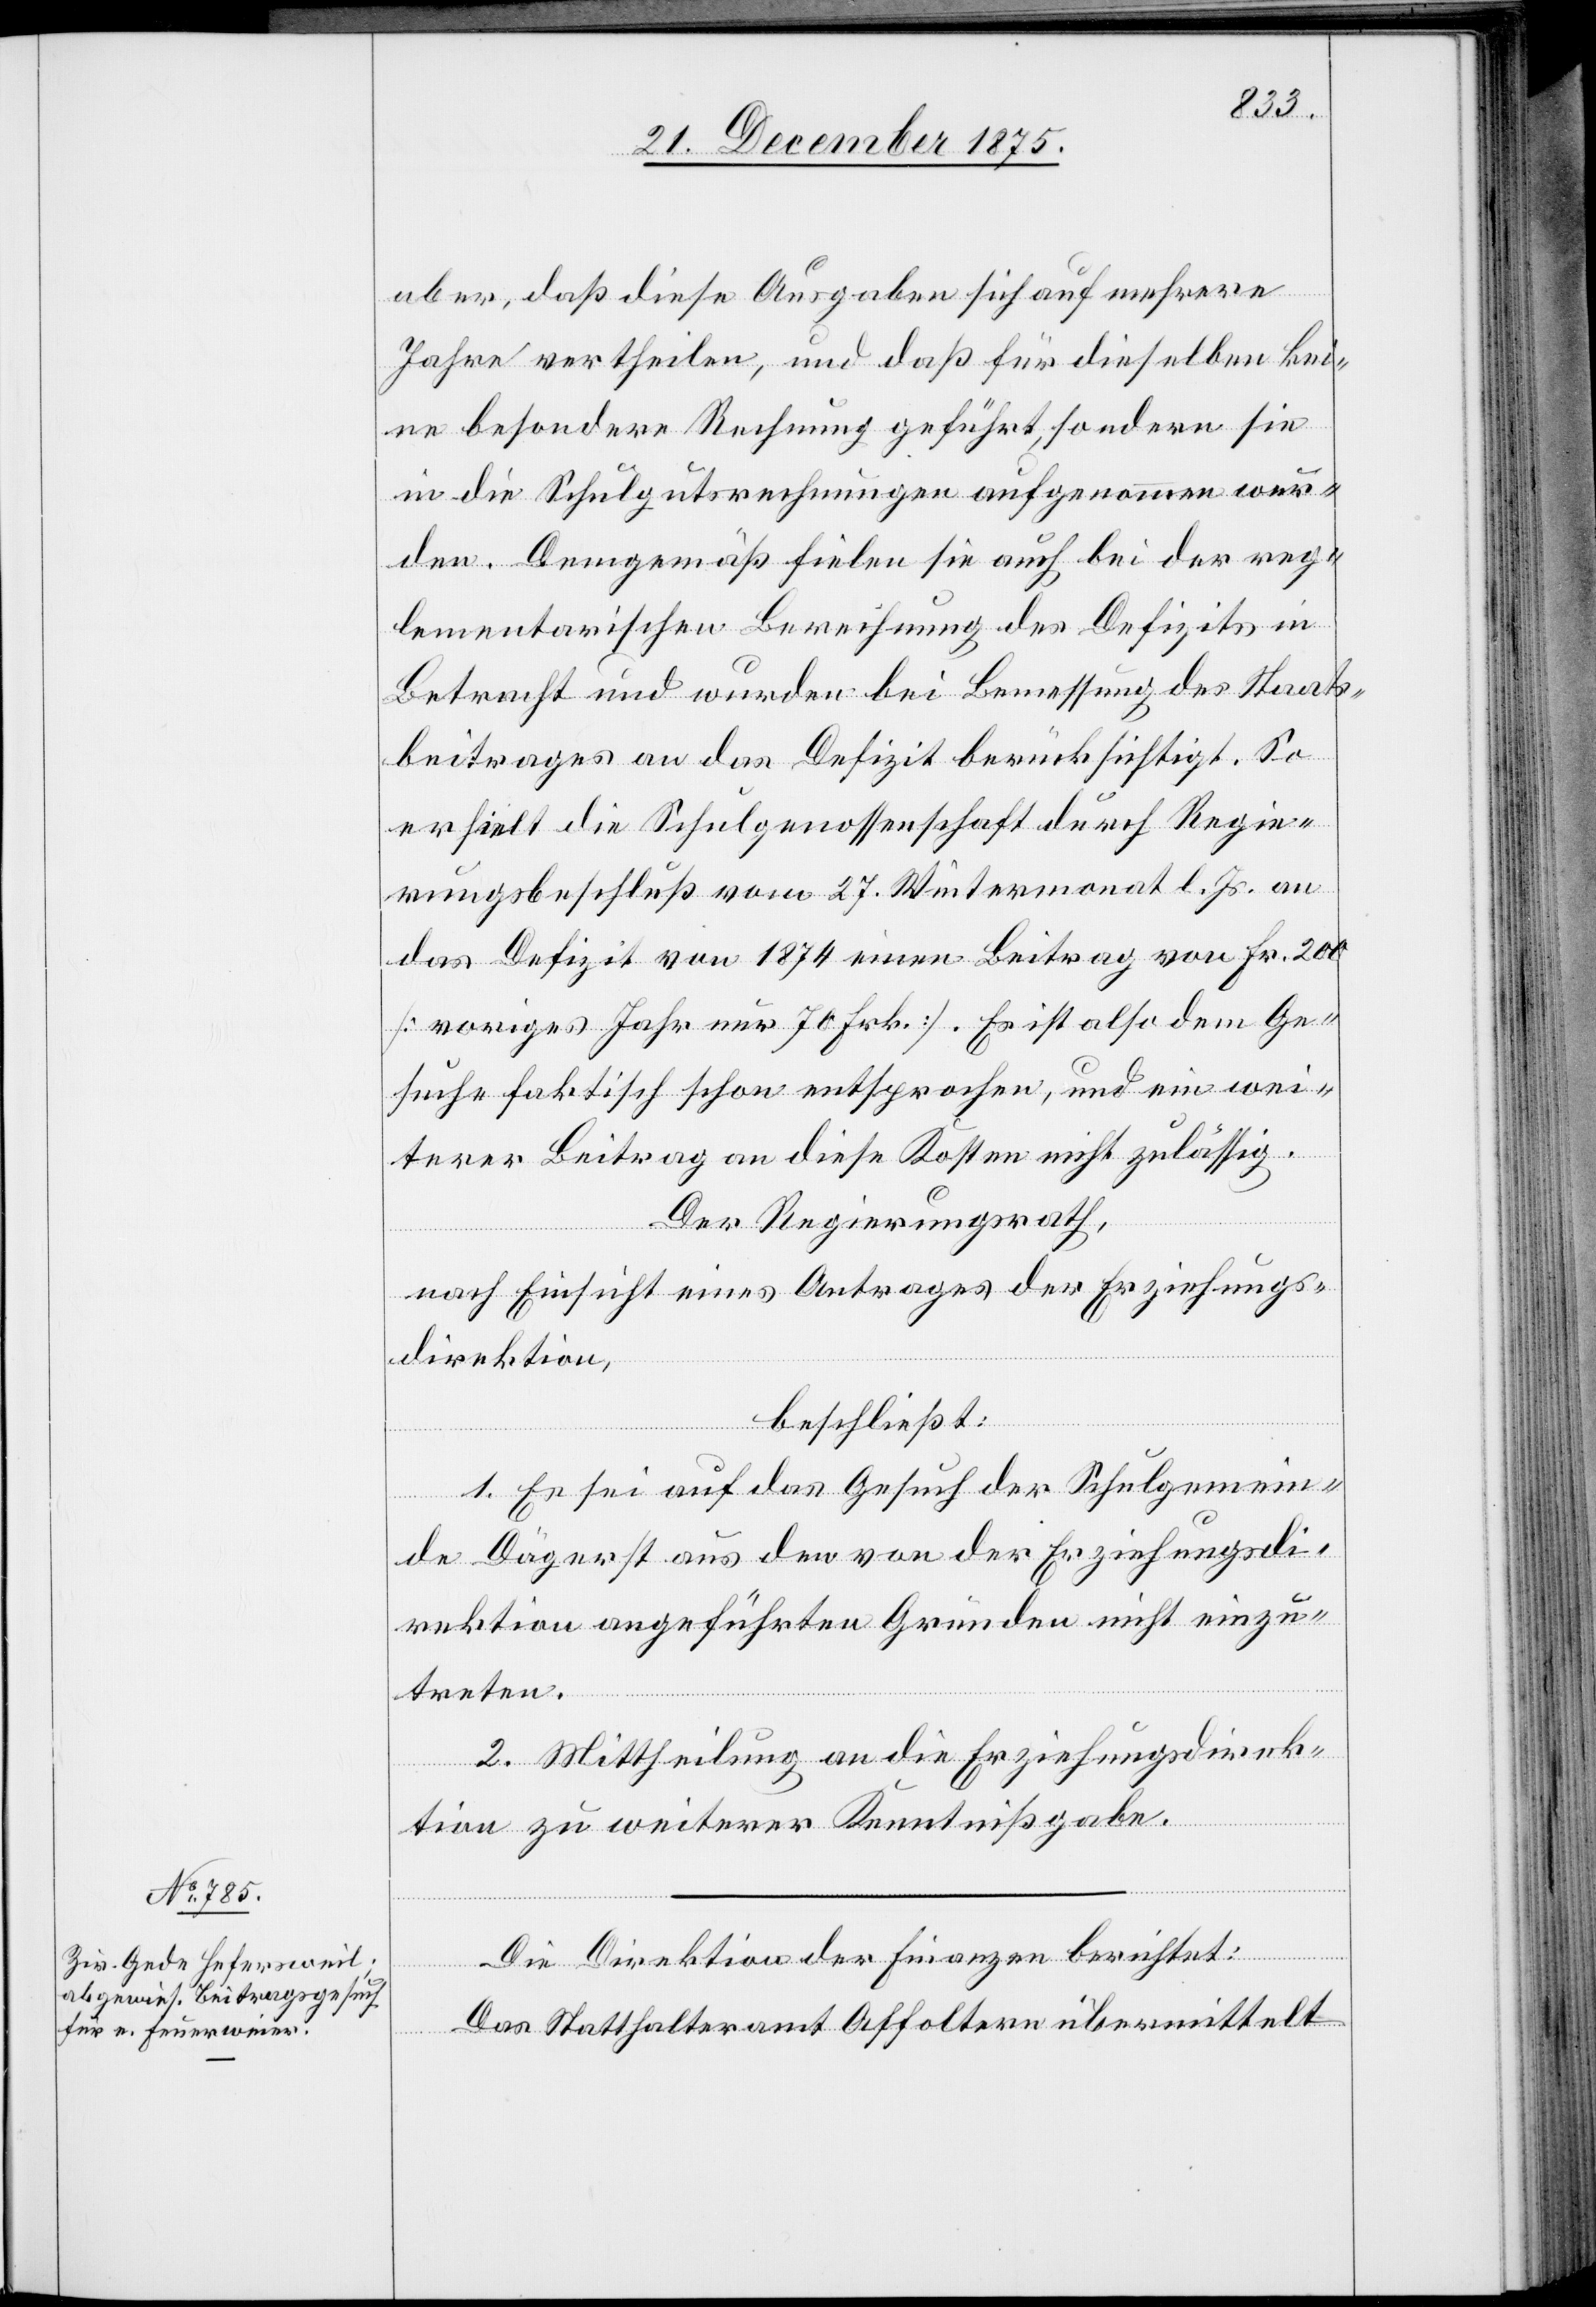
aber, daß diese Ausgaben sich auf mehrere
Jahre vertheilen, und daß für dieselben kei¬
ne besondere Rechnung geführt, sondern sie
in die Schulgutsrechnungen aufgenommen wur¬
den. Demgemäß fielen sie auch bei der reg¬
lementarischen Berechnung des Defizits in
Betracht und wurden bei Bemessung des Staats¬
beitrages an das Defizit berücksichtigt. So
erhielt die Schulgenossenschaft durch Regie¬
rungsbeschluß vom 27. Wintermonat l. Js. an
das Defizit von 1874 einen Beitrag von Fr. 200
[voriges Jahr nur 70 Frk.]. Es ist also dem Ge¬
suche faktisch schon entsprochen, und ein wei¬
terer Beitrag an diese Kosten nicht zulässig.
Der Regierungsrath,
nach Einsicht eines Antrages der Erziehungs¬
direktion,
beschließt:
1. Es sei auf das Gesuch der Schulgemein¬
de Dägerst aus den von der Erziehungsdi¬
rektion angeführten Gründen nicht einzu¬
treten.
2. Mittheilung an die Erziehungsdirek¬
tion zu weiterer Kenntnißgabe.
Die Direktion der Finanzen berichtet:
Das Statthalteramt Affoltern übermittelt